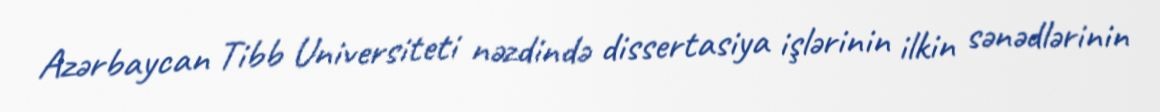
Azərbaycan Tibb Universiteti nəzdində dissertasiya işlərinin ilkin sənədlərinin